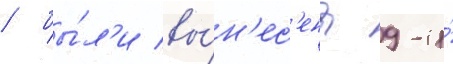
/ бы́л'и вы́н'ес'ены 9-и́